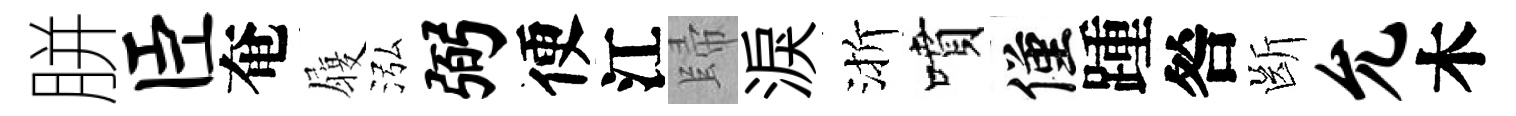
胼臣奄履泓弼便江歸淚渐噴僅踵咎㫁允木